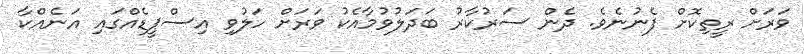
ވަރަށް ރީތިކޮށް ފެނުނެވެ. ދެން ސަރުކާރު ބަދަލުވުމާއެކު ވަރަށް ހަލުވި އިސްޕީޑެއްގައި އަނެއްކާ